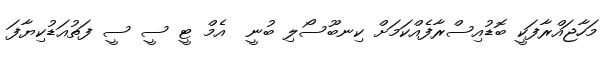
މަހާޖައްރާފަކީ ބޮޑުއިސްރާފެއްކަމަށް ކިނބޫސޯލި ބުނީ  އެމް ޓީ ސީ ސީ ފަތުއަޑުކިޔާފަ